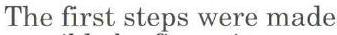
The first steps were made